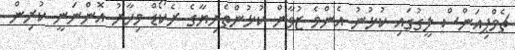
ޗެމްޕިއަންސް ލީގުގައި ކުޅުނު އެންމެ ޒުވާން ކުޅުންތެރިޔާގެ ރެކޯޑް މިހާރު އޮންނަނީ ކުރިން